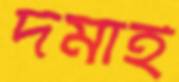
দমাই